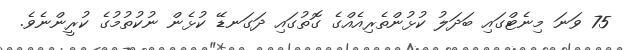
75 ވަނަ މިނެޓްގައި ބަދަލު ކުޅުންތެރިއެއްގެ ގޮތުގައި ދަގަނޑޭ ކުޅެން ނުކުތުމުގެ ކުރީންނެވެ.